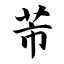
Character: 芾